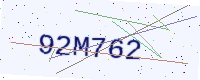
Text: 92M762